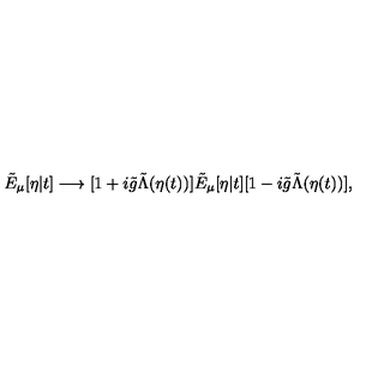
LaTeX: \tilde { E } _ { \mu } [ \eta | t ] \longrightarrow [ 1 + i \tilde { g } \tilde { \Lambda } ( \eta ( t ) ) ] \tilde { E } _ { \mu } [ \eta | t ] [ 1 - i \tilde { g } \tilde { \Lambda } ( \eta ( t ) ) ] ,